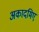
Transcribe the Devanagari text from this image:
अकादमिए